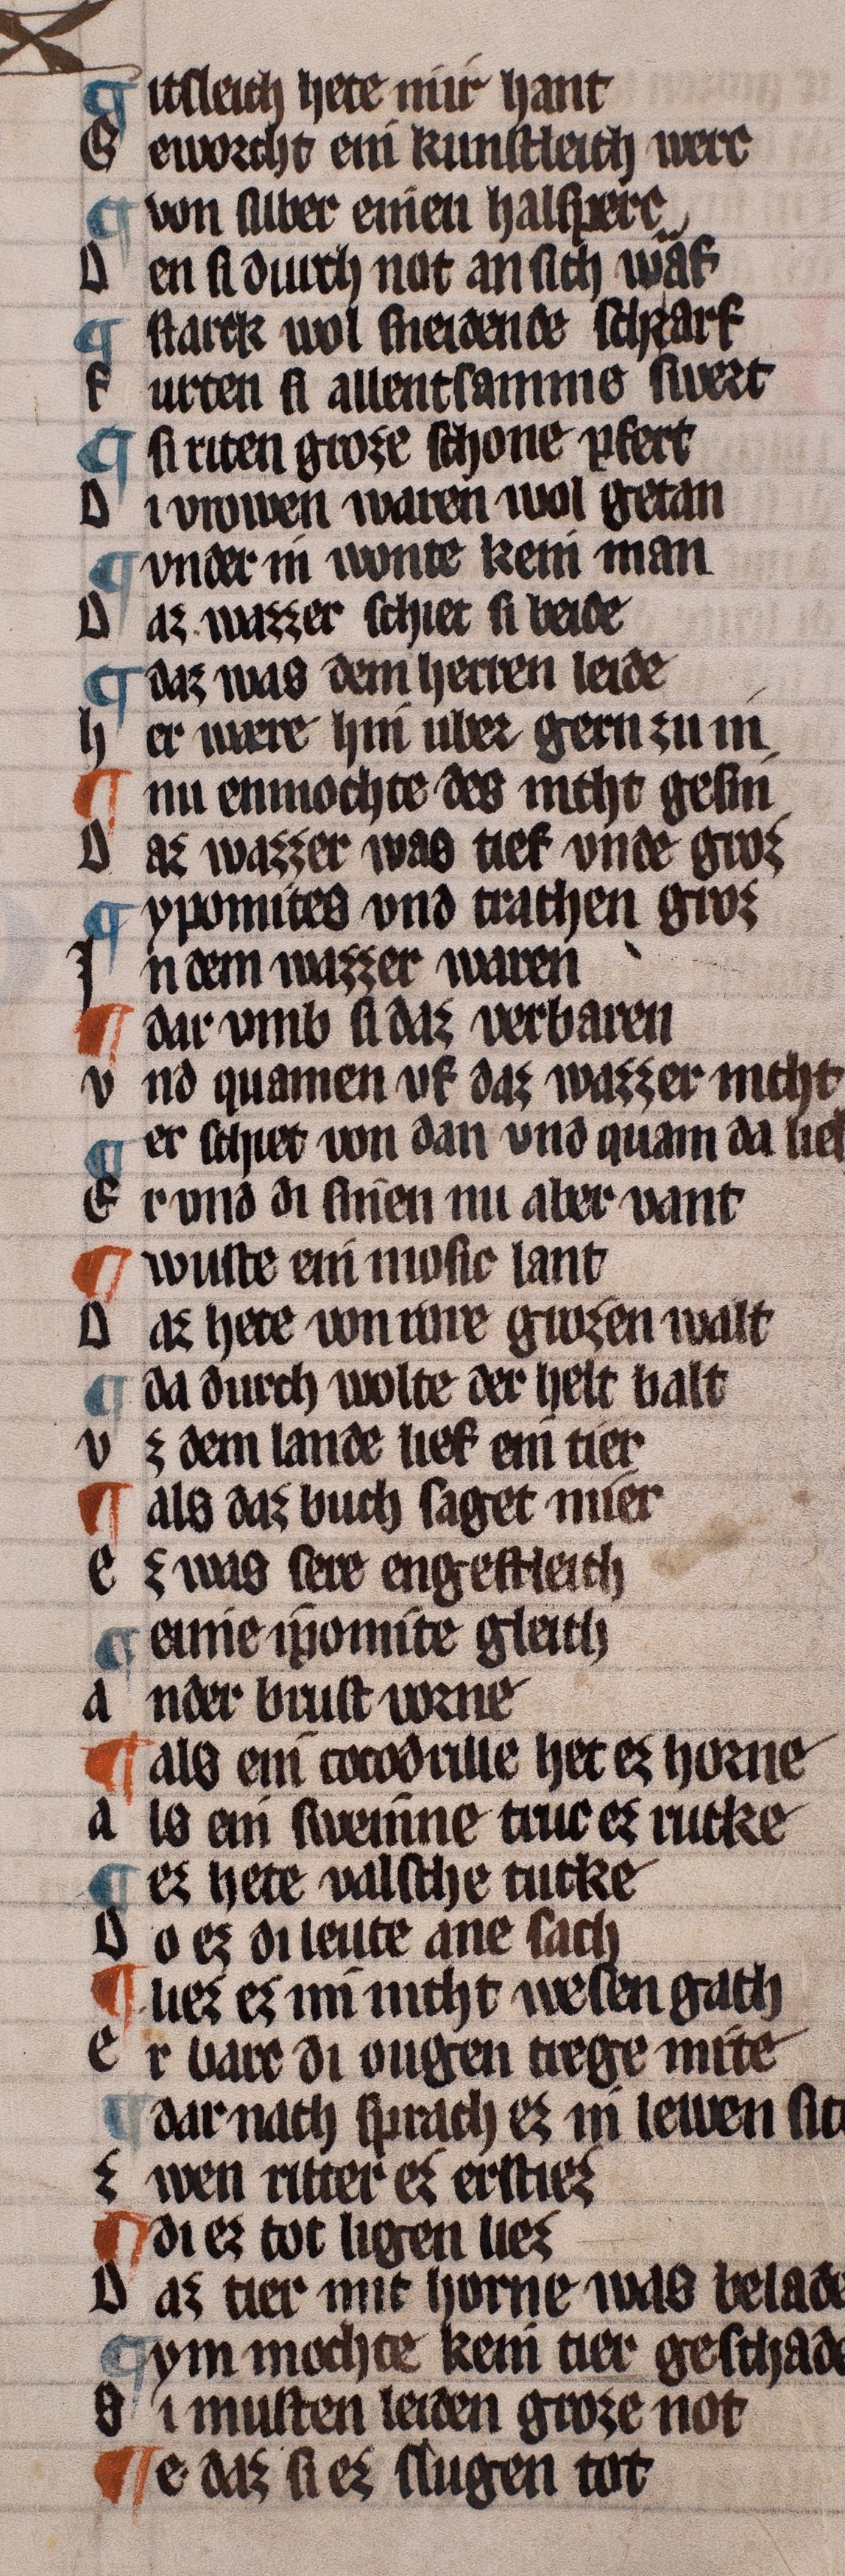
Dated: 1322–1322